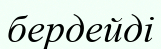
бердейді